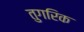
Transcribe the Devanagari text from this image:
तुगरिक